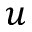
\boldsymbol { u }